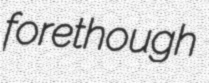
forethough